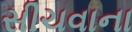
સીચવાના